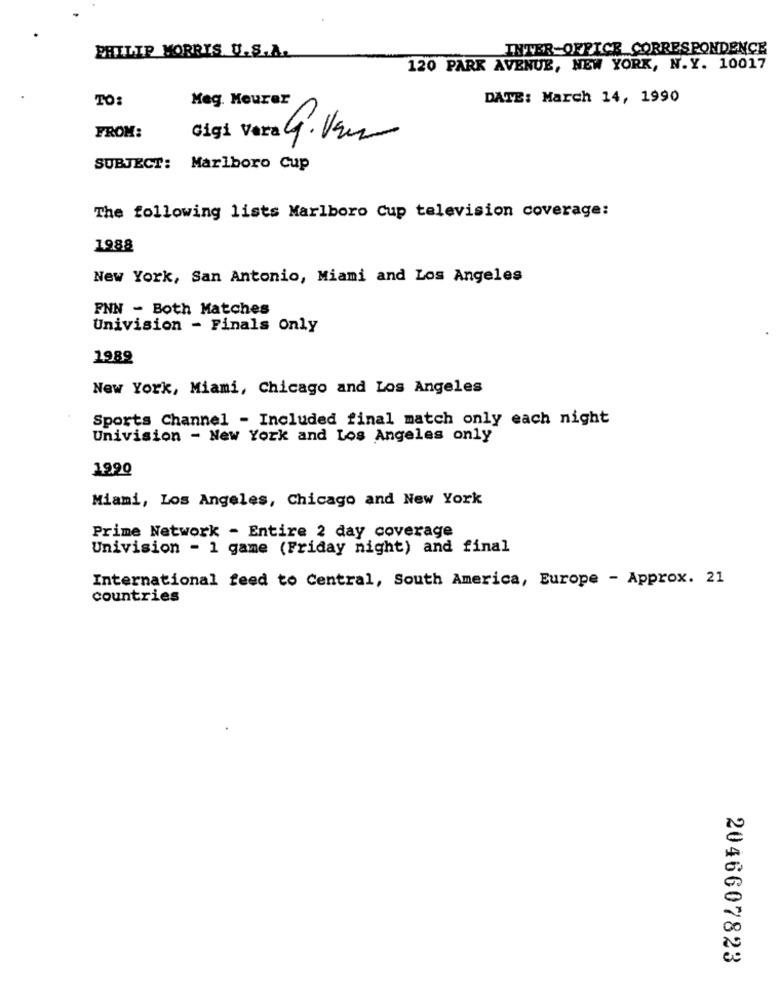
INTER-OFFICE CORRESPONDENCE
PHILIP MORRIS U.S.A.
120 PARK AVENUE, NEW YORK, N.Y. 10017
TO:
Meg. Meurer
DATE: March 14, 1990
FROM:
Gigi
SUBJECT: Marlboro Cup
The following lists Marlboro Cup television coverage:
1988
New York, San Antonio, Miami and Los Angeles
FNN - Both Matches
Univision - Finals Only
1989
New York, Miami, Chicago and Los Angeles
Sports Channel - Included final match only each night
Univision - New York and Los Angeles only
1990
Miami, Los Angeles, Chicago and New York
Prime Network - Entire 2 day coverage
Univision - 1 game (Friday night) and final
International feed to Central, South America, Europe - Approx. 21
countries
2046607823